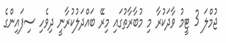
ޖުމްލަ 3 ޓީމު ވާދަކުރާ މި މުބާރާތުގައި މިރޭ ބައްދަލުކުރާނީ ދިވެހި ސިފައިންގެ